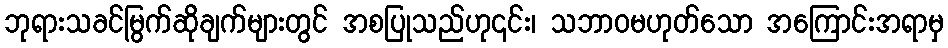
ဘုရားသခင်မြွက်ဆိုချက်များတွင် အစပြုသည်ဟု၎င်း၊ သဘာဝမဟုတ်သော အကြောင်းအရာမှ